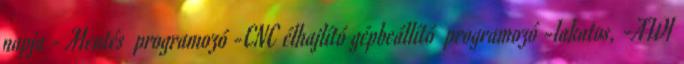
napja - Mentés programozó -CNC élhajlító gépbeállító programozó -lakatos, -AWI